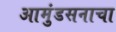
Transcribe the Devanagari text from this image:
आमुंडसनाचा